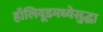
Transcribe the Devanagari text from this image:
हॉलिवूडमध्येसुद्धा